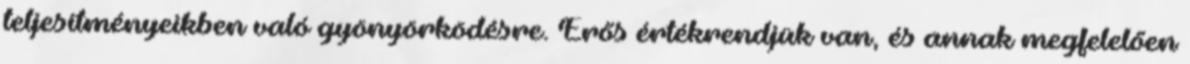
teljesítményeikben való gyönyörködésre. Erős értékrendjük van, és annak megfelelően